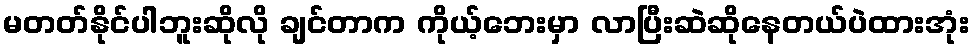
မတတ်နိုင်ပါဘူးဆိုလို ချင်တာက ကိုယ့်ဘေးမှာ လာပြီးဆဲဆိုနေတယ်ပဲထားအုံး